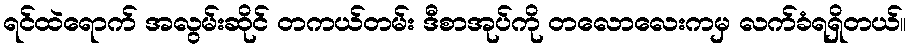
ရင်ထဲရောက် အလွမ်းဆိုင် တကယ်တမ်း ဒီစာအုပ်ကို တလောလေးကမှ လက်ခံရရှိတယ်။